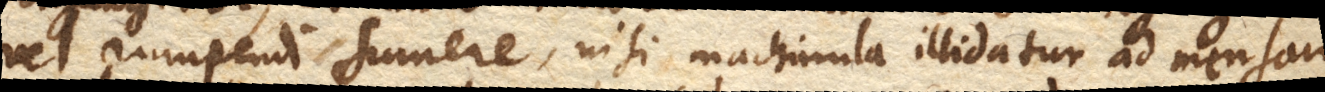
vel rumpendi sumere, nisi machinula illidatur ad mensam